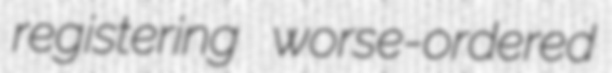
registering worse-ordered